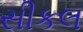
સીકલ